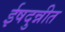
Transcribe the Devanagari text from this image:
ईषदुन्नीत